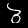
Digit: 3